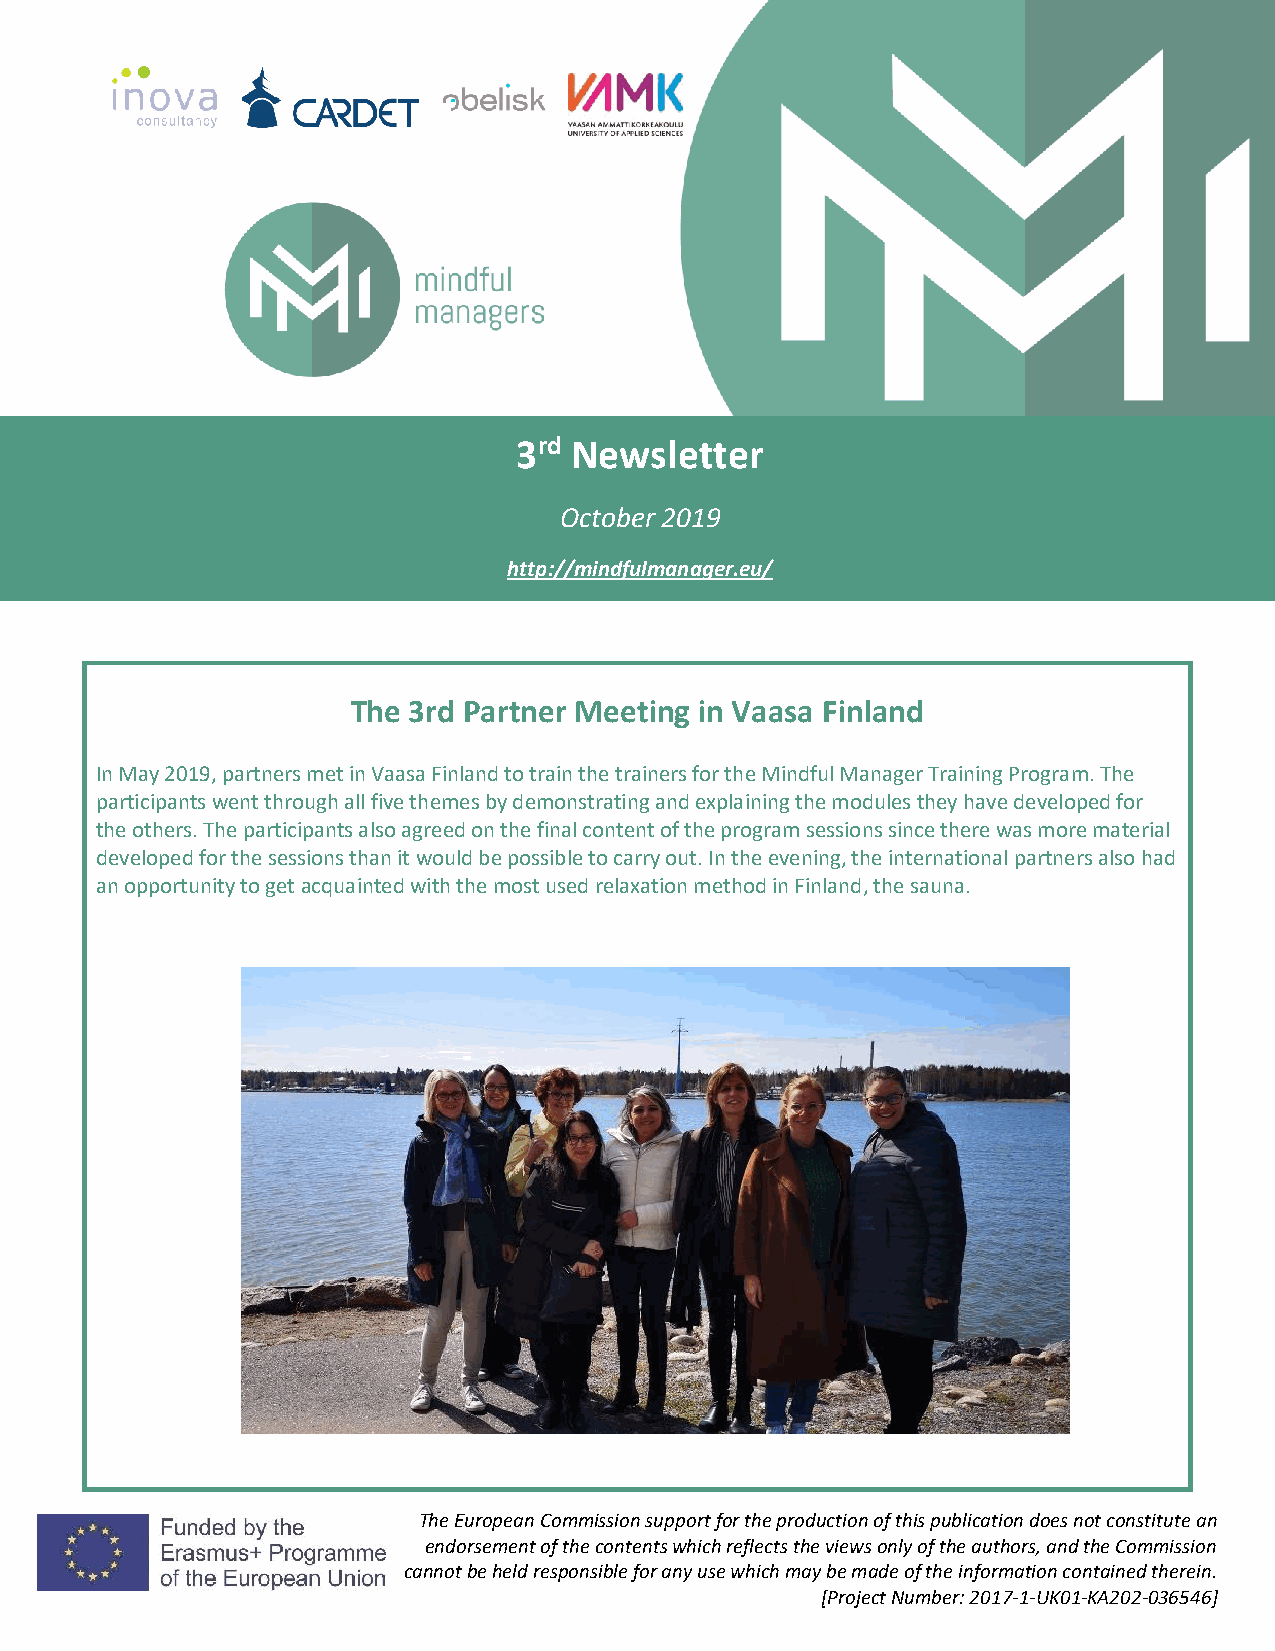
3rd Newsletter
 October 2019
 http://mindfulmanager.eu/
 The 3rd Partner Meeting in Vaasa Finland
 In May 2019, partners met in Vaasa Finland to train the trainers for the Mindful Manager Training Program. The
 participants went through all five themes by demonstrating and explaining the modules they have developed for
 the others. The participants also agreed on the final content of the program sessions since there was more material
 developed for the sessions than it would be possible to carry out. In the evening, the international partners also had
 an opportunity to get acquainted with the most used relaxation method in Finland, the sauna.
 The European Commission support for the production of this publication does not constitute an
 endorsement of the contents which reflects the views only of the authors, and the Commission
 cannot be held responsible for any use which may be made of the information contained therein.
 [Project Number: 2017-1-UK01-KA202-036546]